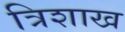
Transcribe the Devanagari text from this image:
त्रिशाख